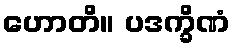
ဟောတိ။ ပဒက္ခိဏံ